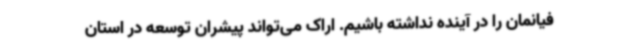
فیانمان را در آینده نداشته باشیم. اراک می‌تواند پیشران توسعه در استان